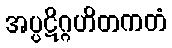
အပ္ပဋိဂ္ဂဟိတကတံ